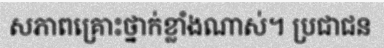
សភាពគ្រោះថ្នាក់ខ្លាំងណាស់។ ប្រជាជន